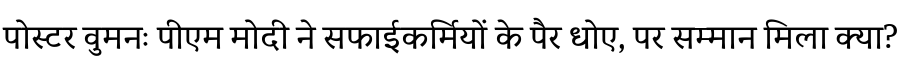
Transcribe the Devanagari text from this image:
पोस्टर वुमनः पीएम मोदी ने सफाईकर्मियों के पैर धोए, पर सम्मान मिला क्या?